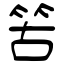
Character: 䇢